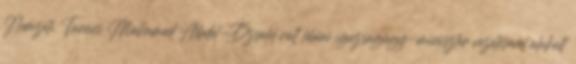
Nemzeti Tanács Mohamed Abdel-Dzsalil volt líbiai igazságügy-miniszter vezetésével alakult